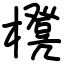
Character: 櫈